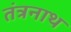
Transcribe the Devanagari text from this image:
तंत्रनाथ